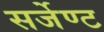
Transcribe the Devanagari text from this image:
सर्जेण्ट